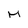
Character: m